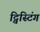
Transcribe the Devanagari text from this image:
ट्विस्टिंग